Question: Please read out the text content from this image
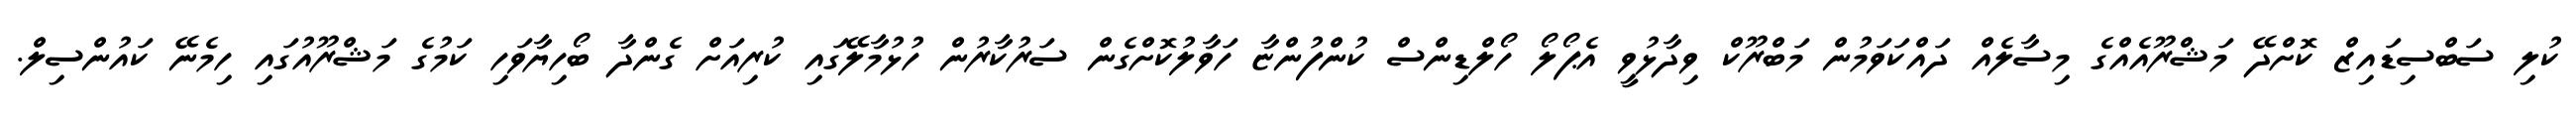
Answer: ކުލި ސަބްސިޑައިޒް ކޮށްދޭ މަޝްރޫއެއްގެ މިސާލެއް ދައްކަވަމުން މަބްރޫކް ވިދާޅުވީ އެޕޯލޯ ހޯލްޑިންސް ކުންފުންޏާ ހަވާލުކޮށްގެން ސަރުކާރުން ހުޅުމާލޭގައި ކުރިއަށް ގެންދާ ބޯހިޔާވަހި ކަމުގެ މަޝްރޫއުގައި ހިމެނޭ ކައުންސިލް.